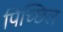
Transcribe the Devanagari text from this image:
पिच्छिल